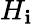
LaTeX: H_{\mathbf{i}}